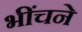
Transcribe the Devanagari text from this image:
भींचने